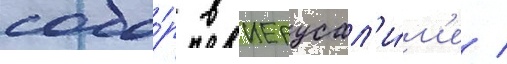
собо́р в иерусал'и́м'е /